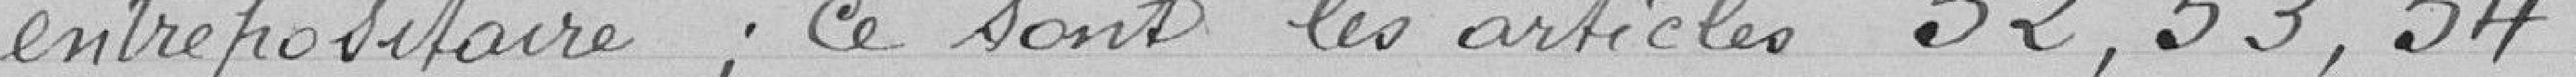
entrepositaire; ce sont les articles 52, 53, 54.